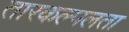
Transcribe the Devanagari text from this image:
तारकल्पलता